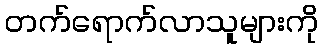
တက်ရောက်လာသူများကို